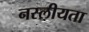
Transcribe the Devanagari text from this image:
नस्लीयता